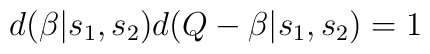
d(\beta|s_{1},s_{2})d(Q-\beta|s_{1},s_{2})=1